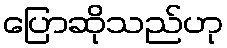
ပြောဆိုသည်ဟု